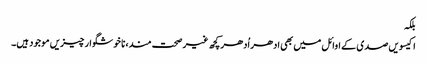
بلکہ
اکیسویں صدی کے اوائل میں بھی ادھر اُدھر کچھ غیر صحت مند، نا خوشگوار چیزیں موجود ہیں۔